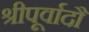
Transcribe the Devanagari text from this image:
श्रीपूर्वादौ